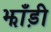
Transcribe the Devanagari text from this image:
झाँड़ी